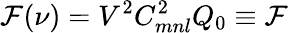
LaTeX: \mathcal{F}(\nu)=V^{2}C_{mnl}^{2}Q_{0}\equiv\mathcal{F}